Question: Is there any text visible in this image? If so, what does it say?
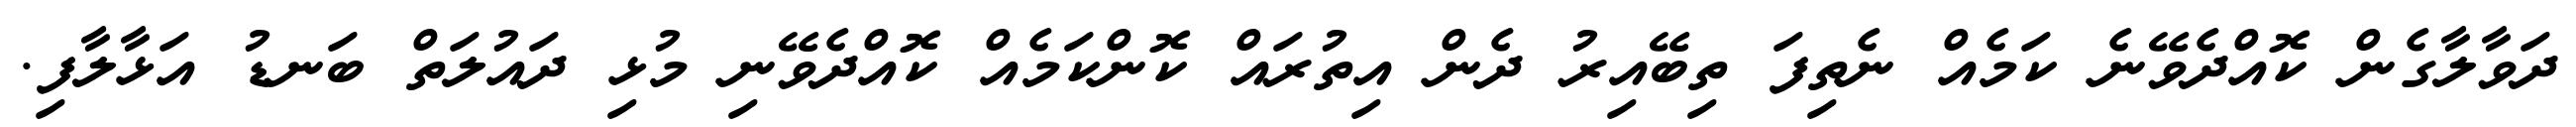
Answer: ދަވާލާގެން ކޮއްދެވޭނެ ކަމެއް ނެތިފަ ތިބޭއިރު ދެން އިތުރައް ކޮންކަމެއް ކޮއްދެވޭނި މުޅި ދައުލަތް ބަނޑު އަޅާލާފި.